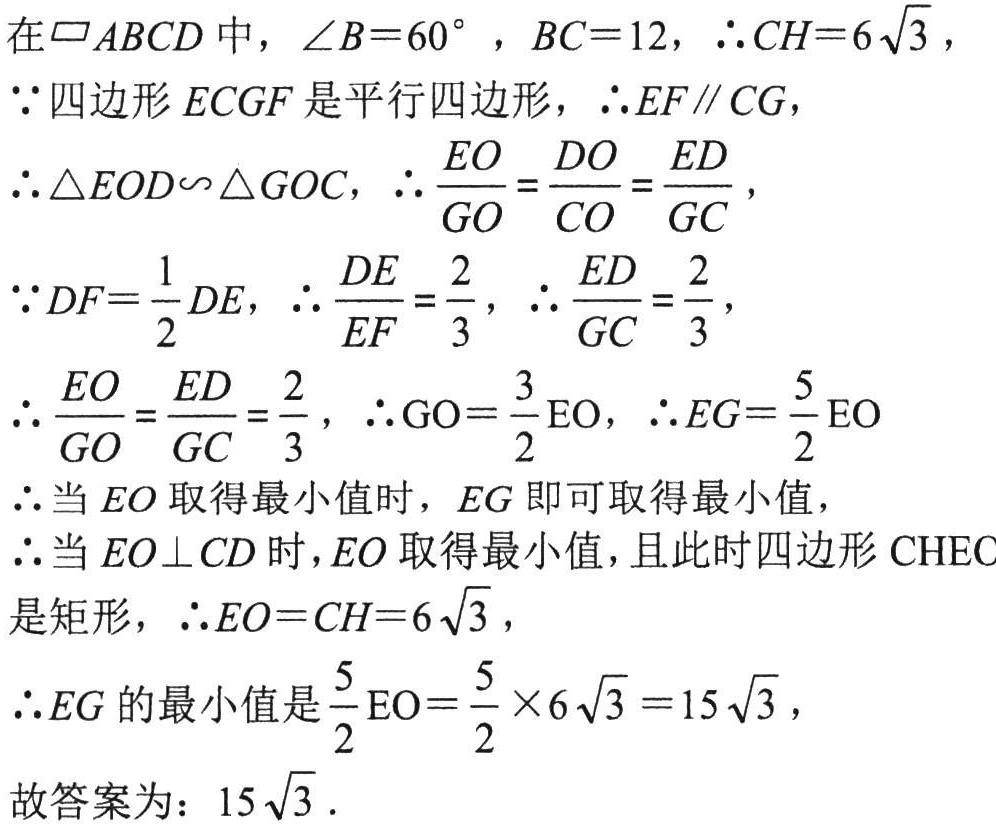
在\(\square ABCD\)中，\(\angle B = 60^{\circ}\)，\(BC = 12\)，\(\therefore CH = 6\sqrt{3}\)，
\(\because\)四边形\(ECGF\)是平行四边形，\(\therefore EF\parallel CG\)，
\(\therefore\triangle EOD\sim\triangle GOC\)，\(\therefore\frac{EO}{GO}=\frac{DO}{CO}=\frac{ED}{GC}\)，
\(\because DF=\frac{1}{2}DE\)，\(\therefore\frac{DE}{EF}=\frac{2}{3}\)，\(\therefore\frac{ED}{GC}=\frac{2}{3}\)，
\(\therefore\frac{EO}{GO}=\frac{ED}{GC}=\frac{2}{3}\)，\(\therefore GO=\frac{3}{2}EO\)，\(\therefore EG=\frac{5}{2}EO\)
\(\therefore\)当\(EO\)取得最小值时，\(EG\)即可取得最小值，
\(\therefore\)当\(EO\perp CD\)时，\(EO\)取得最小值，且此时四边形\(CHEC\)是矩形，\(\therefore EO = CH = 6\sqrt{3}\)，
\(\therefore EG\)的最小值是\(\frac{5}{2}EO=\frac{5}{2}\times6\sqrt{3}=15\sqrt{3}\)，
故答案为：\(15\sqrt{3}\)．